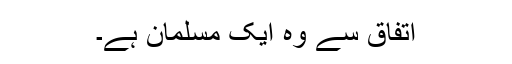
اتفاق سے وہ ایک مسلمان ہے۔